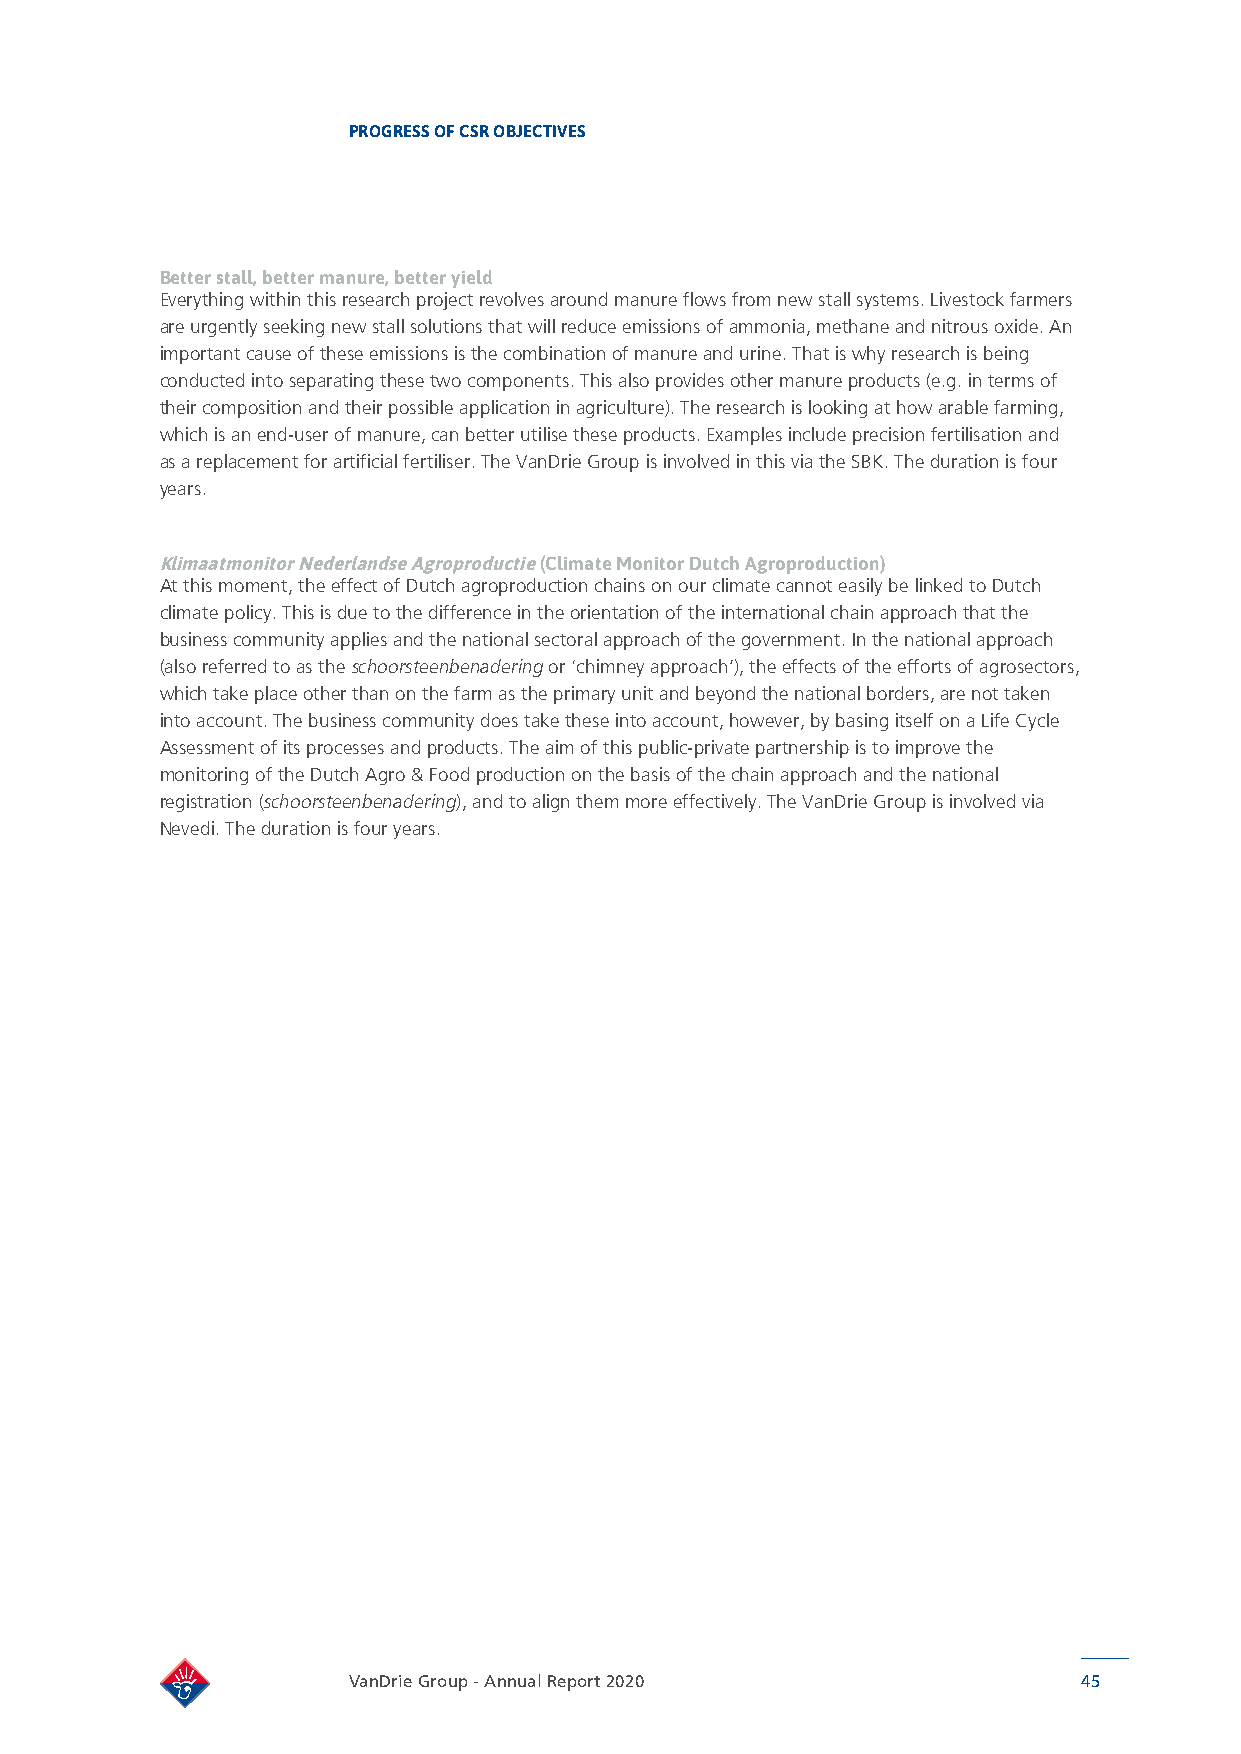
PROGRESS OF CSR OBJECTIVES
 Better stall, better manure, better yield
 Everything within this research project revolves around manure flows from new stall systems. Livestock farmers
 are urgently seeking new stall solutions that will reduce emissions of ammonia, methane and nitrous oxide. An
 important cause of these emissions is the combination of manure and urine. That is why research is being
 conducted into separating these two components. This also provides other manure products (e.g. in terms of
 their composition and their possible application in agriculture). The research is looking at how arable farming,
 which is an end-user of manure, can better utilise these products. Examples include precision fertilisation and
 as a replacement for artificial fertiliser. The VanDrie Group is involved in this via the SBK. The duration is four
 years.
 Klimaatmonitor Nederlandse Agroproductie (Climate Monitor Dutch Agroproduction)
 At this moment, the effect of Dutch agroproduction chains on our climate cannot easily be linked to Dutch
 climate policy. This is due to the difference in the orientation of the international chain approach that the
 business community applies and the national sectoral approach of the government. In the national approach
 (also referred to as the schoorsteenbenadering or ‘chimney approach’), the effects of the efforts of agrosectors,
 which take place other than on the farm as the primary unit and beyond the national borders, are not taken
 into account. The business community does take these into account, however, by basing itself on a Life Cycle
 Assessment of its processes and products. The aim of this public-private partnership is to improve the
 monitoring of the Dutch Agro & Food production on the basis of the chain approach and the national
 registration (schoorsteenbenadering), and to align them more effectively. The VanDrie Group is involved via
 Nevedi. The duration is four years.
 VanDrie Group - Annual Report 2020               45